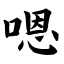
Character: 嗯